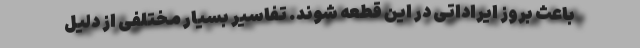
باعث بروز ایراداتی در این قطعه شوند. تفاسیر بسیار مختلفی از دلیل